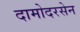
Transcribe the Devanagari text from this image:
दामोदरसेन